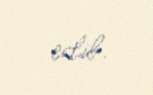
edib.